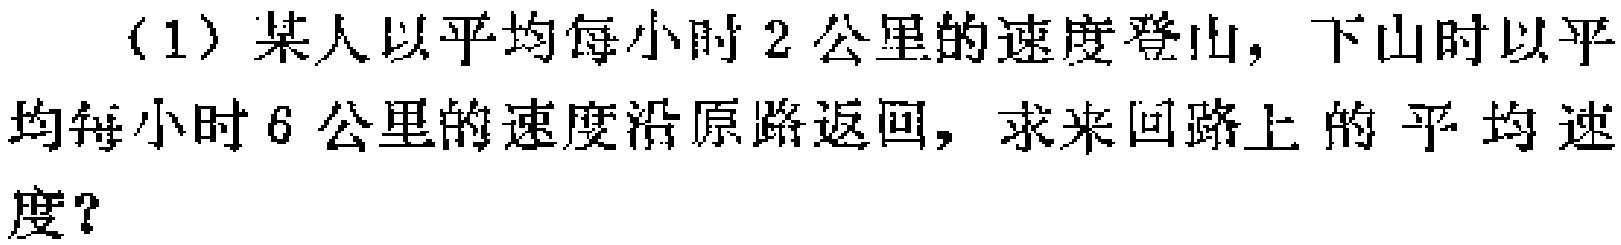
（1）某人以平均每小时$2$公里的速度登山，下山时以平均每小时$6$公里的速度沿原路返回，求来回路上的平均速度？